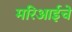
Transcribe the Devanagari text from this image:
मरिआईचे